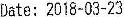
DATE: 2018-03-23